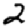
Digit: 2